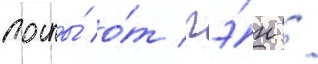
послы́ о́т гэ́н /